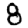
Digit: 8